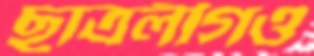
ছাত্রলীগও